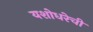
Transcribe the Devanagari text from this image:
यशोधरेची